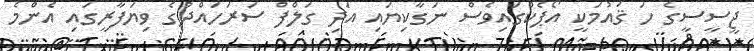
ޖީސީސީގެ ހަ ޤައުމަކީ އޯޕެކްގައިވެސް ނަގާކިޔައި އަދި ގަލްފް ސަރަހައްދުގެ ވިޔަފާރީގައިި އެންމެ